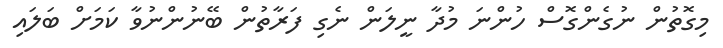
މިގޮތުން ނުގެންގޮސް ހުންނަ މުދާ ނީލަން ނެގި ފަރާތުން ބޭނުންނުވާ ކަމަށް ބަލައި